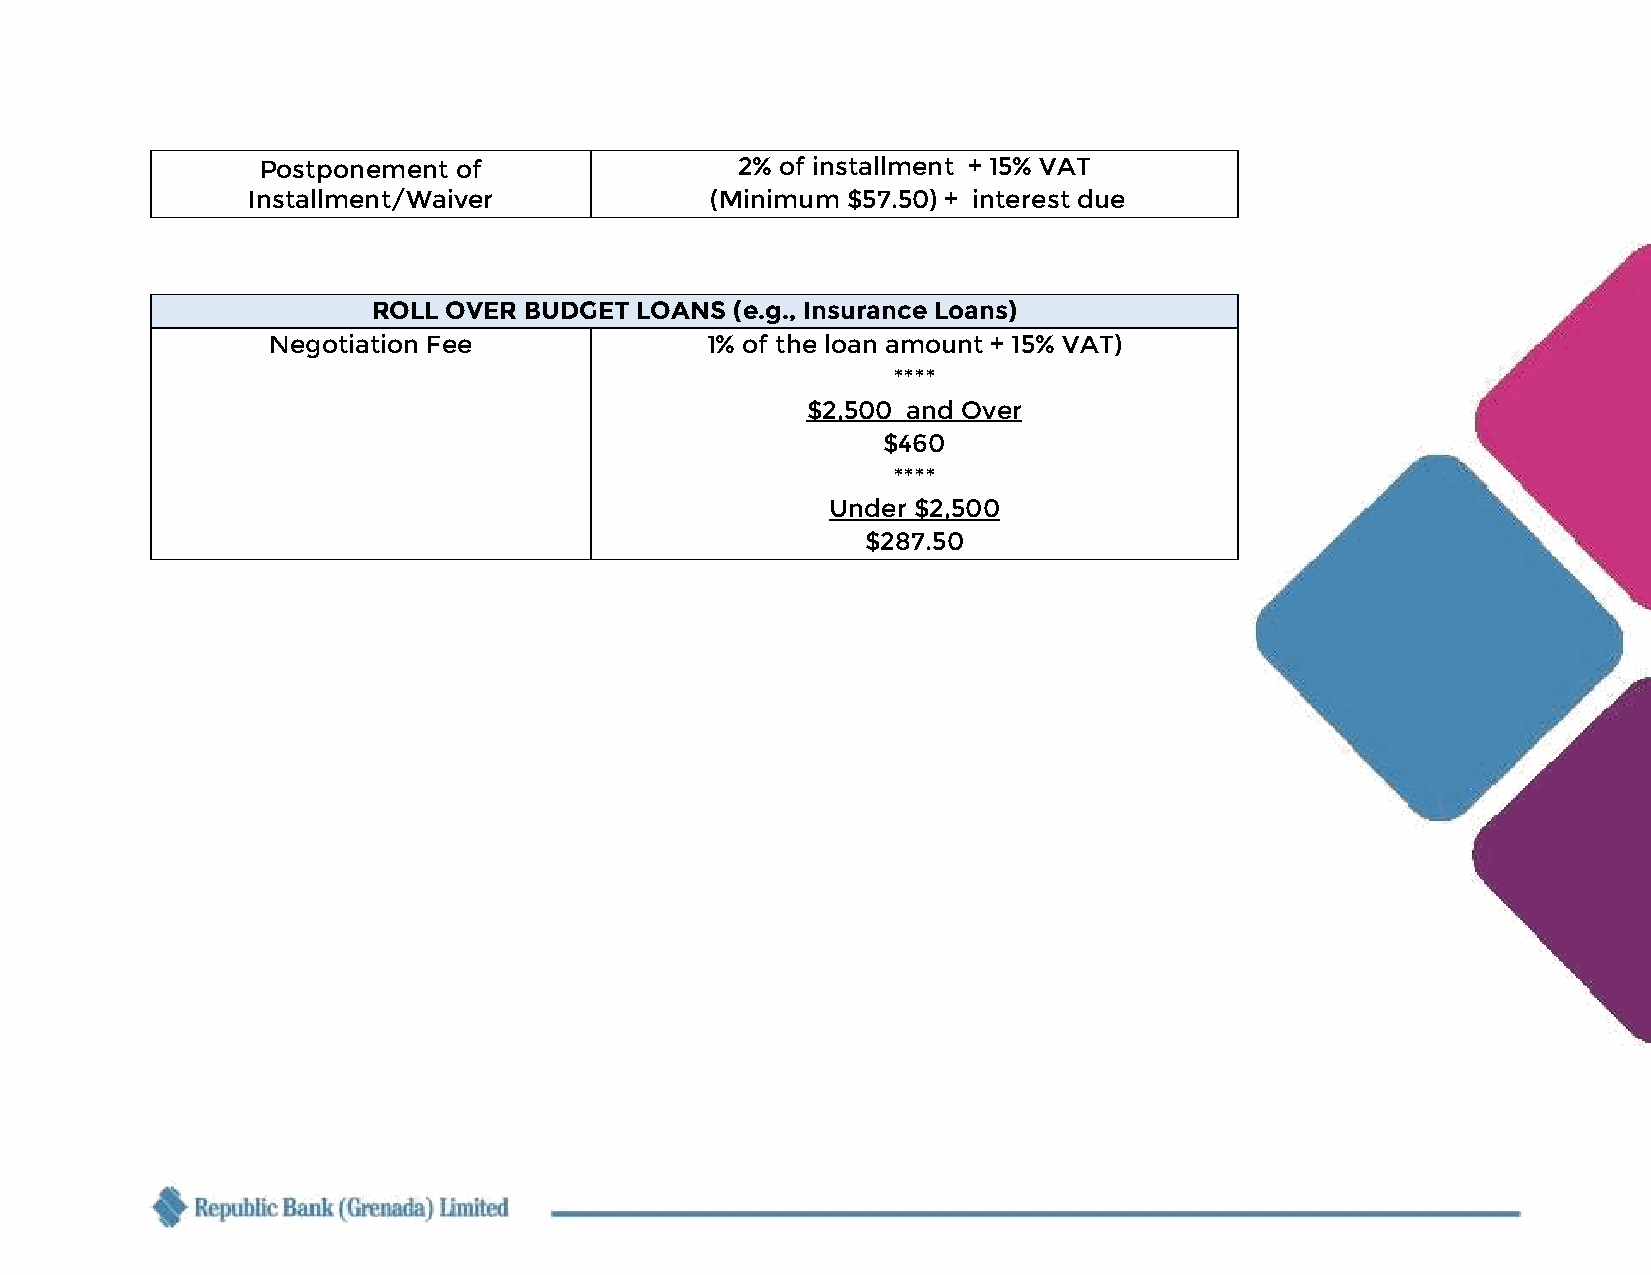
Postponement of                 2% of installment + 15% VAT
 Installment/Waiver             (Minimum $57.50) + interest due
 ROLL OVER BUDGET LOANS  (e.g., Insurance Loans)
 Negotiation Fee              1% of the loan amount + 15% VAT)
 ****
 $2,500 and Over
 $460
 ****
 Under $2,500
 $287.50